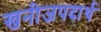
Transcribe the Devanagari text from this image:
खनीजपदार्थ